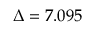
\Delta = 7 . 0 9 5